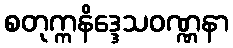
စတုက္ကနိဒ္ဒေသဝဏ္ဏနာ